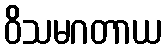
ဝိသမဂတာယ